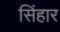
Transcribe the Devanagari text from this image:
सिंहार